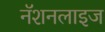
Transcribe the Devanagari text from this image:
नॅशनलाइज